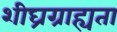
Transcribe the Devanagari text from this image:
शीघ्रग्राह्यता